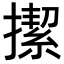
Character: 𢴲